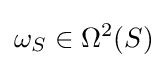
\omega _{S}\in {\Omega ^{2}}(S)